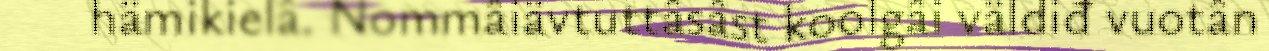
hämikielâ. Nommâiävtuttâsâst koolgâi väldiđ vuotân